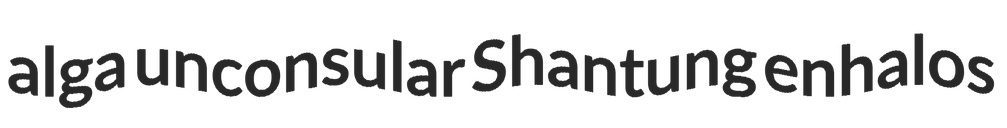
alga unconsular Shantung enhalos